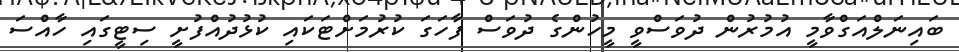
ބައިނަލްއަގްވާމީ އުމުރުން ދުވަސްވީ މީހުންގެ ދުވަސް ފާހަގަ ކުރުމަށްޓަކައި ކުޅުދުއްފުށީ ސިޓީގައި ހާއްސަ